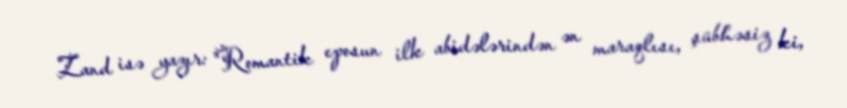
Zand isə yazır: "Romantik eposun ilk abidələrindən ən maraqlısı, şübhəsiz ki,